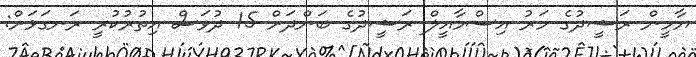
ޔާމީން ރަޝީދުގެ މަރު އިސްމާއީލް ރަޝީދުގެ ބަންދަށް 15 ދުވަސް އިތުރުކުރީ ރަނގަޅަށް: